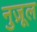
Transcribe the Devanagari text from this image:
नुज़ूल